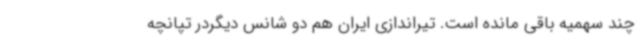
چند سهمیه باقی مانده است. تیراندازی ایران هم دو شانس دیگردر تپانچه